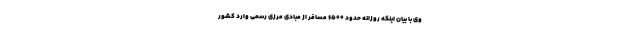
وی با بیان اینکه روزانه حدود ۶۵۰۰ مسافر از مبادی مرزی رسمی وارد کشور